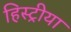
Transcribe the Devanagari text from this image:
हिस्ट्रीया